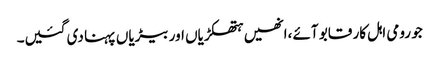
جو رومی اہل کار قابو آئے ،انھیں ہتھکڑیاں اور بیڑیاں پہنا دی گئیں۔